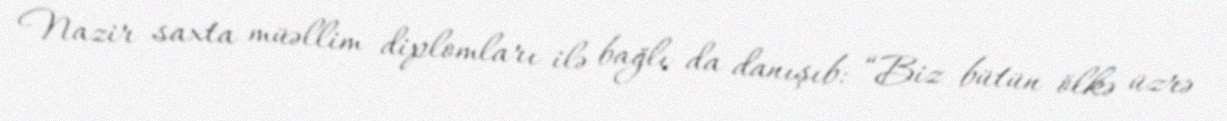
Nazir saxta müəllim diplomları ilə bağlı da danışıb: “Biz bütün ölkə üzrə